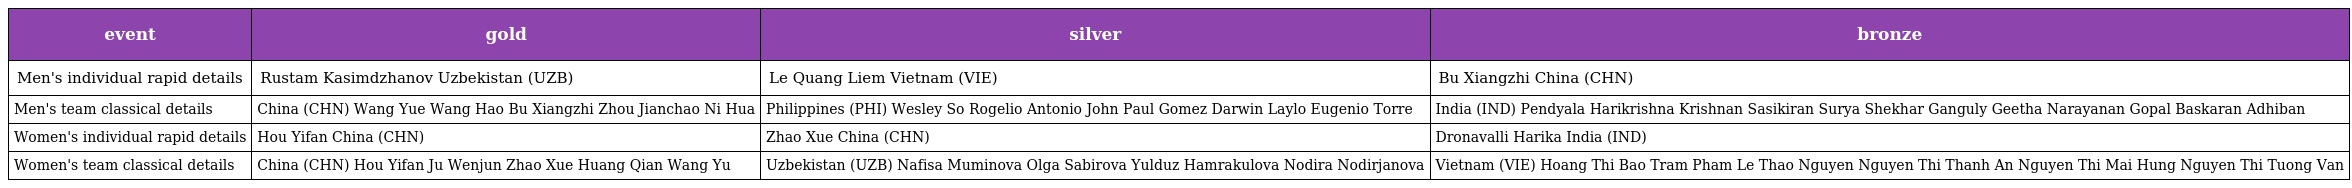
| event | gold | silver | bronze |
 | --- | --- | --- | --- |
 | Men's individual rapid details | Rustam Kasimdzhanov Uzbekistan (UZB) | Le Quang Liem Vietnam (VIE) | Bu Xiangzhi China (CHN) |
 | Men's team classical details | China (CHN) Wang Yue Wang Hao Bu Xiangzhi Zhou Jianchao Ni Hua | Philippines (PHI) Wesley So Rogelio Antonio John Paul Gomez Darwin Laylo Eugenio Torre | India (IND) Pendyala Harikrishna Krishnan Sasikiran Surya Shekhar Ganguly Geetha Narayanan Gopal Baskaran Adhiban |
 | Women's individual rapid details | Hou Yifan China (CHN) | Zhao Xue China (CHN) | Dronavalli Harika India (IND) |
 | Women's team classical details | China (CHN) Hou Yifan Ju Wenjun Zhao Xue Huang Qian Wang Yu | Uzbekistan (UZB) Nafisa Muminova Olga Sabirova Yulduz Hamrakulova Nodira Nodirjanova | Vietnam (VIE) Hoang Thi Bao Tram Pham Le Thao Nguyen Nguyen Thi Thanh An Nguyen Thi Mai Hung Nguyen Thi Tuong Van |